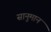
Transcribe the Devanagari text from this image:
सानुमान